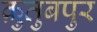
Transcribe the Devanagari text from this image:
क़ुतुबपुर